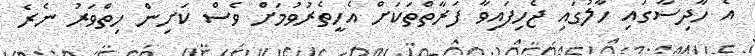
އެ ހާދިސާގައި ހާލުގައި ޖެހިފައިވާ ފަރާތްތަކަށް އެހީތެރުވުމަށް ވެސް ކަށިން ހިތްވަރު ނެރެ